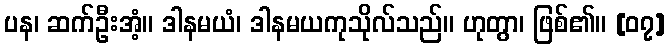
ပန၊ ဆက်ဦးအံ့။ ဒါနမယံ၊ ဒါနမယကုသိုလ်သည်။ ဟုတွာ၊ ဖြစ်၏။ [၀၇]